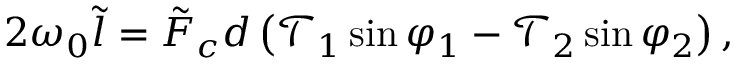
\begin{array} { r } { 2 \omega _ { 0 } \tilde { l } = \tilde { F } _ { c } d \left( \mathcal { T } _ { 1 } \sin \varphi _ { 1 } - \mathcal { T } _ { 2 } \sin \varphi _ { 2 } \right) , } \end{array}